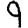
Digit: 9